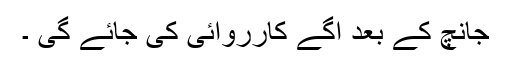
جانچ کے بعد آگے کارروائی کی جائے گی ۔